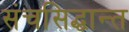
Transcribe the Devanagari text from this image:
संचसिद्धान्त